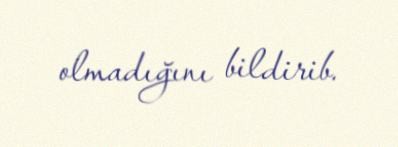
olmadığını bildirib.